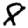
Digit: 8